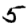
Digit: 5